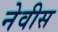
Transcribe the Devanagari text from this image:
नेवीस